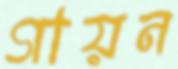
গায়ন